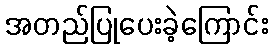
အတည်ပြုပေးခဲ့ကြောင်း